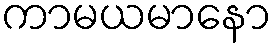
ကာမယမာနော